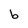
Character: b